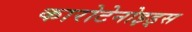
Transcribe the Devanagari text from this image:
कारोटेनोइड्स